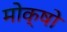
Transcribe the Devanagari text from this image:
मोक्षो